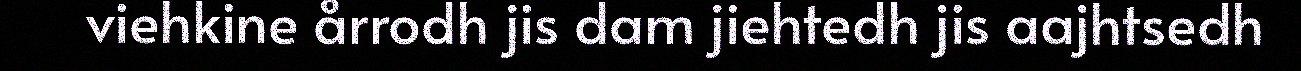
viehkine årrodh jis dam jiehtedh jis aajhtsedh